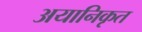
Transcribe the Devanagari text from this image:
अयानिकृत